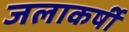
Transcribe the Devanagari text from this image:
जलाकर्षी